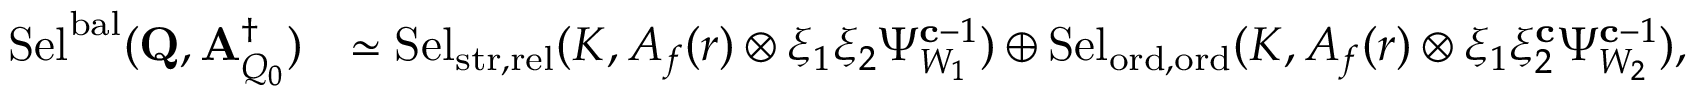
\begin{array} { r l } { \mathrm { S e l } ^ { \mathrm { b a l } } ( \mathbf { Q } , \mathbf { A } _ { Q _ { 0 } } ^ { \dagger } ) } & { \simeq \mathrm { S e l } _ { { \mathrm { s t r } , \mathrm { r e l } } } ( K , A _ { f } ( r ) \otimes \xi _ { 1 } \xi _ { 2 } \Psi _ { W _ { 1 } } ^ { \mathbf { c } - 1 } ) \oplus \mathrm { S e l } _ { { \mathrm { o r d } , \mathrm { o r d } } } ( K , A _ { f } ( r ) \otimes \xi _ { 1 } \xi _ { 2 } ^ { \mathbf { c } } \Psi _ { W _ { 2 } } ^ { \mathbf { c } - 1 } ) , } \end{array}